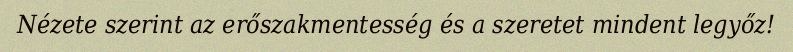
Nézete szerint az erőszakmentesség és a szeretet mindent legyőz!